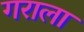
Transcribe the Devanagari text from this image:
गराला